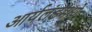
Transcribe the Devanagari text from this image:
आर्यलंडमध्ये